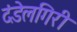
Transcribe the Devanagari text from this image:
दंडेलगिरी